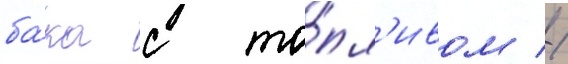
ба́ка с то́пл'ивом //